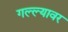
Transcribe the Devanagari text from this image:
गल्ल्यावर